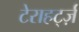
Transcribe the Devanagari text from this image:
टेराहर्ट्ज़